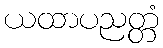
ယထာပညတ္တံ